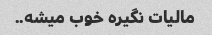
مالیات نگیره خوب میشه..